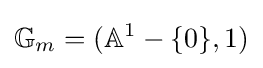
\mathbb {G} _{m}=(\mathbb {A} ^{1}-\{0\},1)